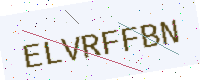
Text: ELVRFFBN